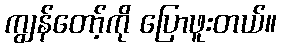
ကျွန်တော့်ကို ပြောဖူးတယ်။